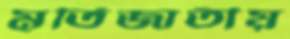
মূর্তিজাতীয়